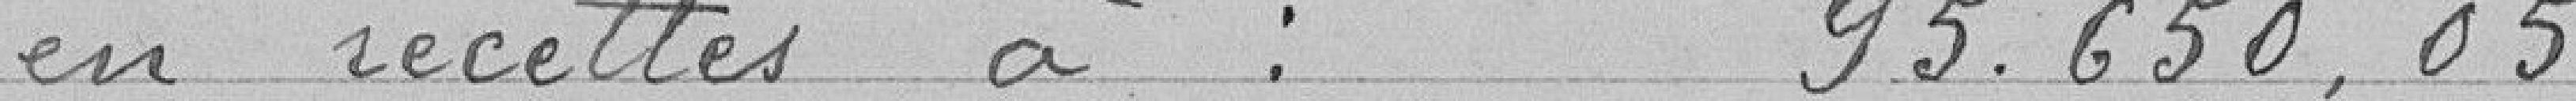
en recettes à : 93.650,05